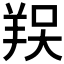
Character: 𦎀